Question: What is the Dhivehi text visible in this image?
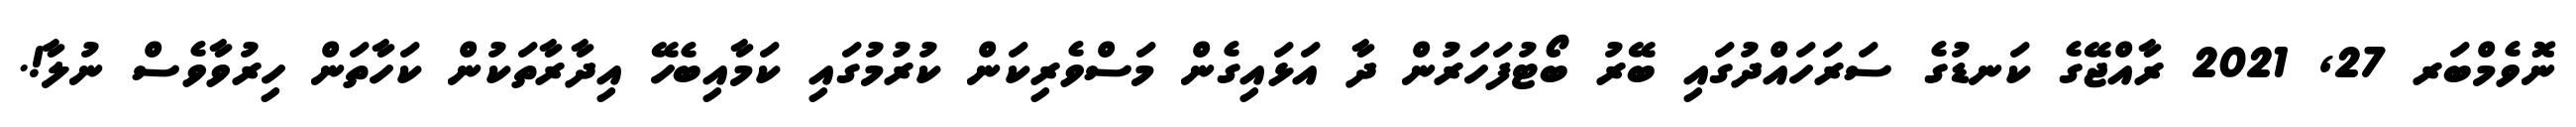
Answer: ނޮވެމްބަރ 27, 2021 ރާއްޖޭގެ ކަނޑުގެ ސަރަހައްދުގައި ބޭރު ބޯޓުފަހަރުން ދާ އަޅައިގެން މަސްވެރިކަން ކުރުމުގައި ކަމާއިބެހޭ އިދާރާތަކުން ކަހާތަން ހިރުވާވެސް ނުލާ!.